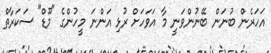
އަހަރެން ބުނަން ބޭނުންވަނީ މާ އަވަހަށް ރުޅި އަންނަ މީހުންގެ "މޫޑް" ސަކަރާތް